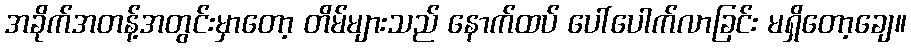
အခိုက်အတန့်အတွင်းမှာတော့ တိမ်များသည် နောက်ထပ် ပေါ်ပေါက်လာခြင်း မရှိတော့ချေ။